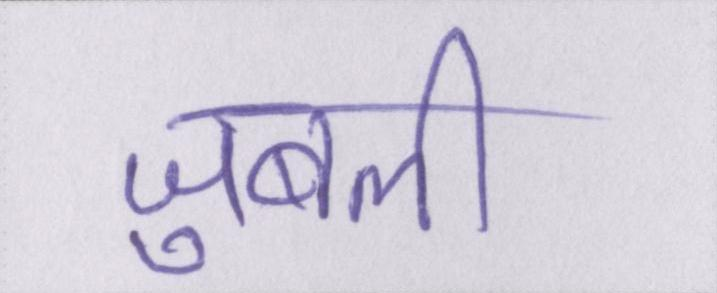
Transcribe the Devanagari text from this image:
जुबली